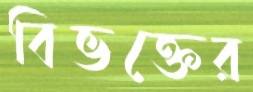
বিভক্তের